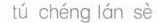
tú chéng lán sè